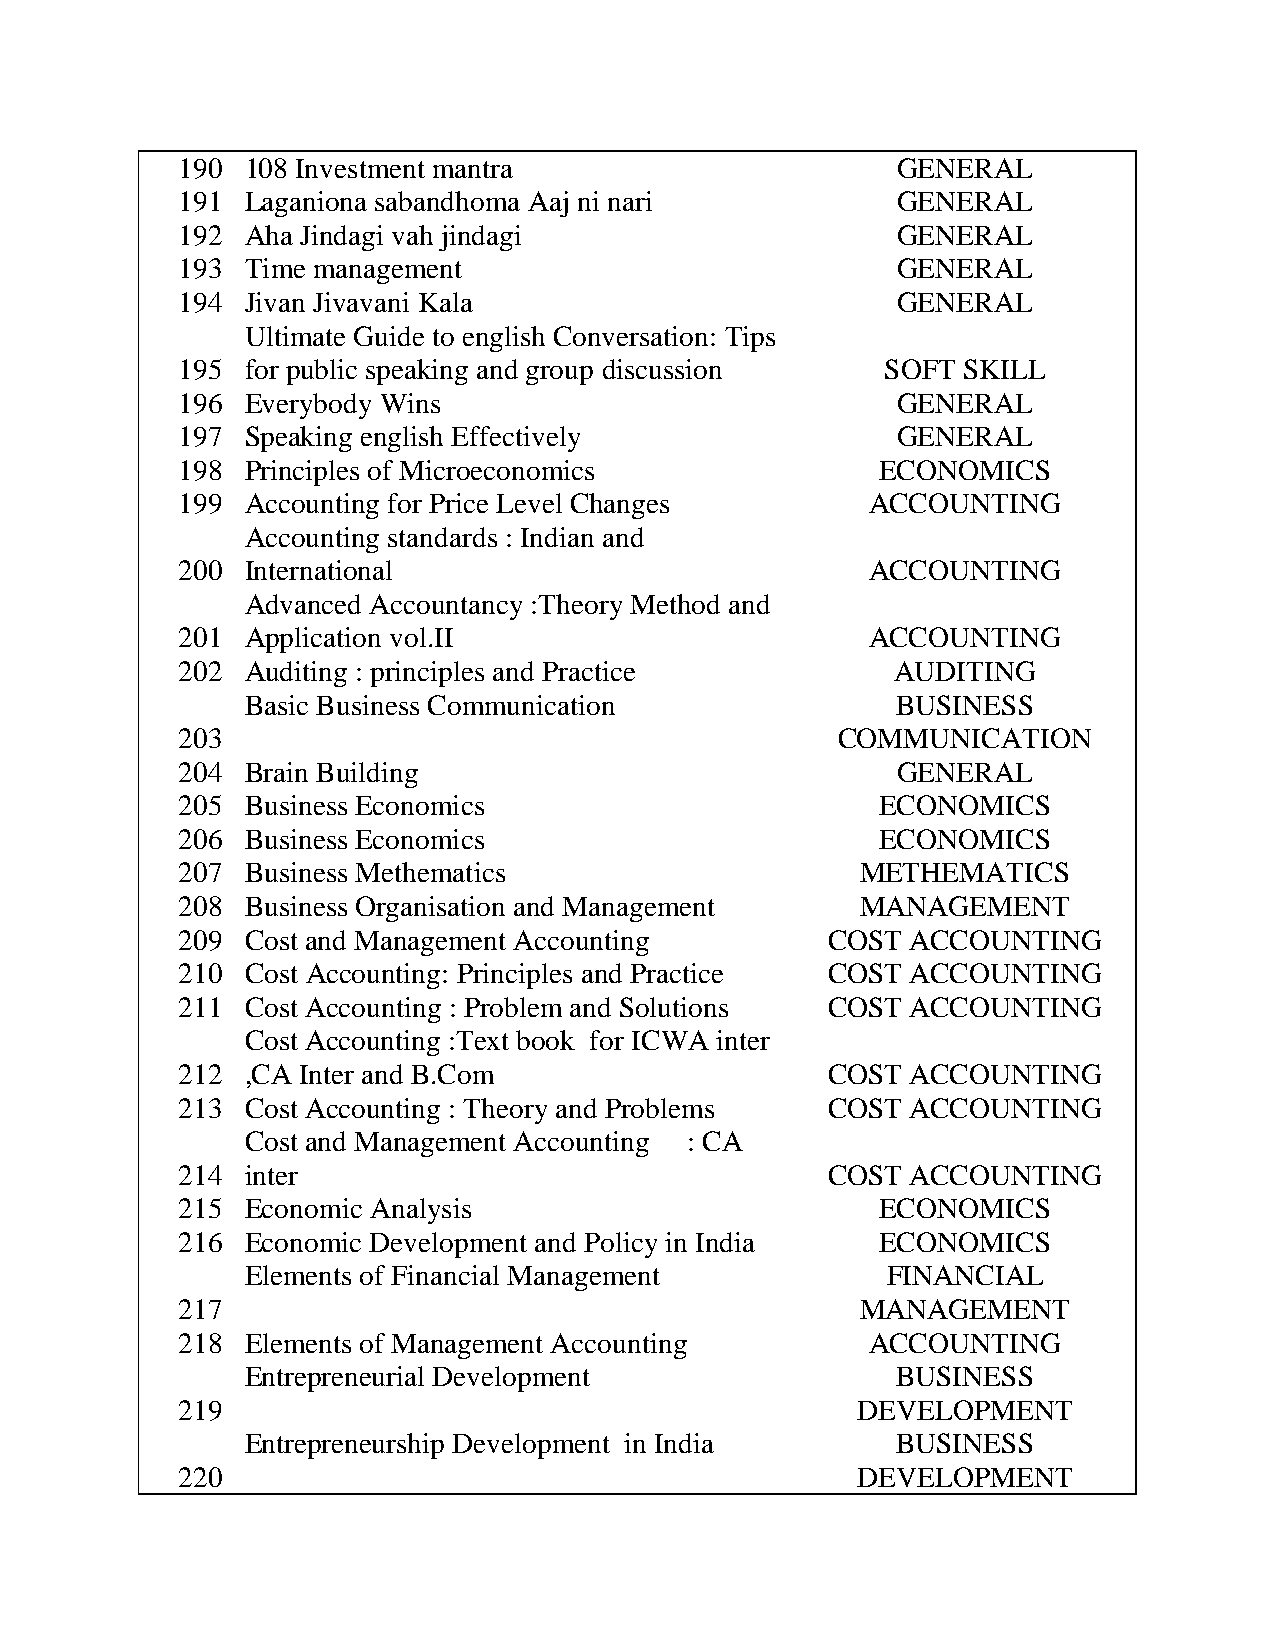
190 108 Investment mantra                      GENERAL
 191 Laganiona sabandhoma Aaj ni nari           GENERAL
 192 Aha Jindagi vah jindagi                    GENERAL
 193 Time management                            GENERAL
 194 Jivan Jivavani Kala                        GENERAL
 Ultimate Guide to english Conversation: Tips
 195 for public speaking and group discussion   SOFT SKILL
 196 Everybody Wins                             GENERAL
 197 Speaking english Effectively               GENERAL
 198 Principles of Microeconomics              ECONOMICS
 199 Accounting for Price Level Changes        ACCOUNTING
 Accounting standards : Indian and
 200 International                             ACCOUNTING
 Advanced Accountancy :Theory Method and
 201 Application vol.II                        ACCOUNTING
 202 Auditing : principles and Practice         AUDITING
 Basic Business Communication               BUSINESS
 203                                        COMMUNICATION
 204 Brain Building                             GENERAL
 205 Business Economics                        ECONOMICS
 206 Business Economics                        ECONOMICS
 207 Business Methematics                     METHEMATICS
 208 Business Organisation and Management     MANAGEMENT
 209 Cost and Management Accounting         COST ACCOUNTING
 210 Cost Accounting: Principles and Practice COST ACCOUNTING
 211 Cost Accounting : Problem and Solutions COST ACCOUNTING
 Cost Accounting :Text book for ICWA inter
 212 ,CA Inter and B.Com                    COST ACCOUNTING
 213 Cost Accounting : Theory and Problems  COST ACCOUNTING
 Cost and Management Accounting : CA
 214 inter                                  COST ACCOUNTING
 215 Economic Analysis                         ECONOMICS
 216 Economic Development and Policy in India  ECONOMICS
 Elements of Financial Management           FINANCIAL
 217                                          MANAGEMENT
 218 Elements of Management Accounting         ACCOUNTING
 Entrepreneurial Development                BUSINESS
 219                                          DEVELOPMENT
 Entrepreneurship Development in India      BUSINESS
 220                                          DEVELOPMENT